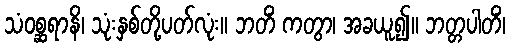
သံဝစ္ဆရာနိ၊ သုံးနှစ်တို့ပတ်လုံး။ ဘတိံ ကတွာ၊ အခယူ၍။ ဘတ္တပါတိံ၊